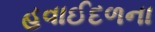
હવાઈદળના